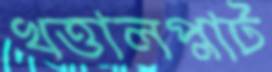
খত্তালপ্লাট